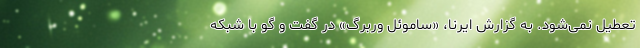
تعطیل نمی‌شود. به گزارش ایرنا، «ساموئل وربرگ» در گفت و گو با شبکه